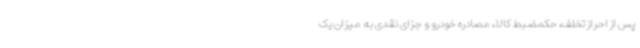
پس از احراز تخلف، حکمضبط کالا، مصادره خودرو و جزای نقدی به میزان یک